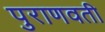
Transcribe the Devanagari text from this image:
पुराणवती